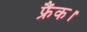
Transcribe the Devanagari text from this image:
फ्रैंक।